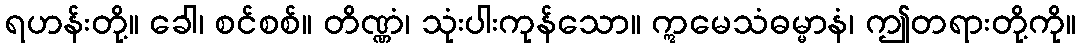
ရဟန်းတို့။ ခေါ၊ စင်စစ်။ တိဏ္ဏံ၊ သုံးပါးကုန်သော။ ဣမေသံဓမ္မာနံ၊ ဤတရားတို့ကို။